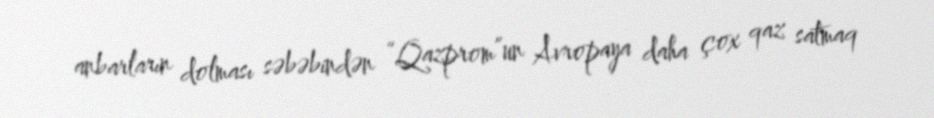
anbarların dolması səbəbindən “Qazprom”un Avropaya daha çox qaz satmaq